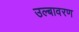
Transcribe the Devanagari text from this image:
उल्बावरण